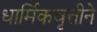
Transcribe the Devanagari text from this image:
धार्मिकवृत्तीने